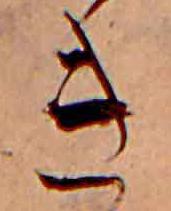
き